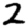
Digit: 2